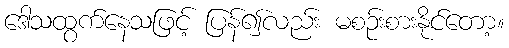
ဒေါသထွက်နေသဖြင့် ပြန်၍လည်း မစဉ်းစားနိုင်တော့။